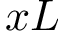
x L